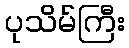
ပုသိမ်ကြီး